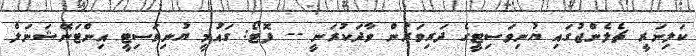
ކަލިނަރީ ޗެލެންޖުގައި ޔުނިވަސިޓީގެ ދަރިވަރުން ވާދަކުރަނީ -- ފޮޓޯ: ގައުމީ ޔުނިވަސިޓީ އިންޓަނޭޝަނަލް